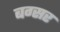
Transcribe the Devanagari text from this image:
बग्सर